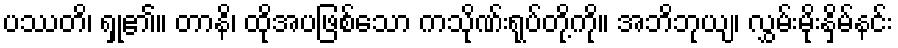
ပဿတိ၊ ရှု၏။ တာနိ၊ ထိုအပဖြစ်သော ကသိုဏ်းရုပ်တို့ကို။ အဘိဘုယျ၊ လွှမ်းမိုးနှိမ်နင်း